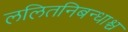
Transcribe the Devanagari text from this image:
ललितनिबन्धाश्च